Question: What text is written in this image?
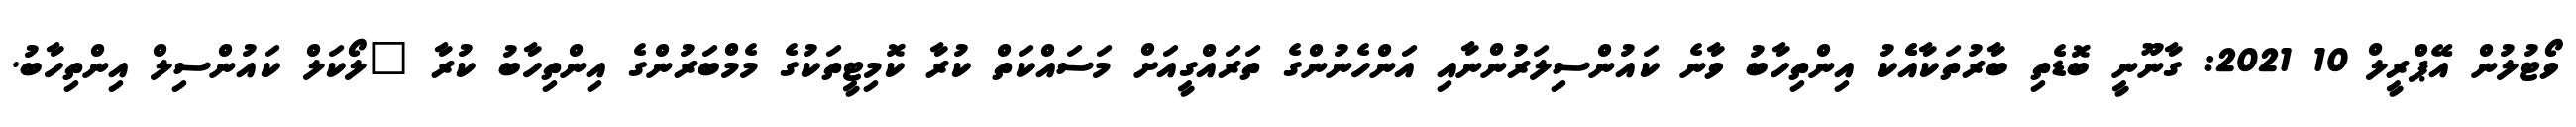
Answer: ވޯޓުލުން އޭޕްރީލް 10 2021: ގާނޫނީ ބޮޑެތި ބާރުތަކާއެެކު އިންތިހާބު ވާނެ ކައުންސިލަރުންނާއި އަންހެނުންގެ ތަރައްގީއަށް މަސައްކަތް ކުރާ ކޮމިޓީތަކުގެ މެމްބަރުންގެ އިންތިހާބު ކުރާ "ލޯކަލް ކައުންސިލް އިންތިހާބު.